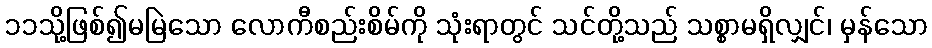
၁၁သို့ဖြစ်၍မမြဲသော လောကီစည်းစိမ်ကို သုံးရာတွင် သင်တို့သည် သစ္စာမရှိလျှင်၊ မှန်သော